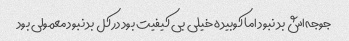
جوجه‌اش بد نبود اما کوبیده خیلی بی کیفیت بود در کل بد نبود معمولی بود